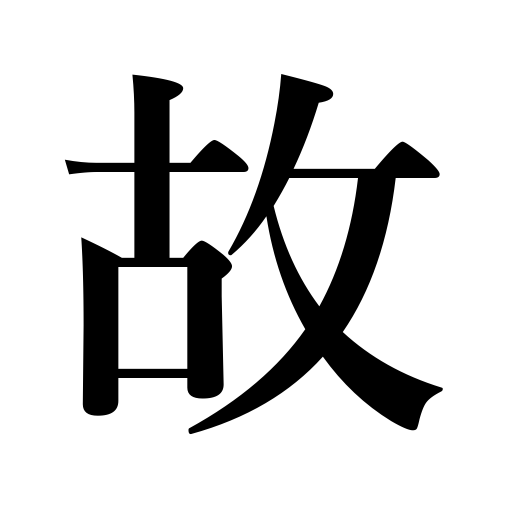
Meanings: circumstances,reason,cause